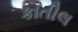
કાતીલ